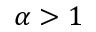
\alpha > 1